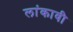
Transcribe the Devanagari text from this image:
लांकावी